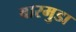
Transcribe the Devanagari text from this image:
बारमुडा